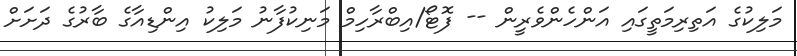
މަލިކުގެ އަތިރިމަތީގައި އަންހެންވެރިީން -- ފޮޓޯ/އިބްރާހިމް މަނިކުފާނު މަލިކު އިންޑިއާގެ ބާރުގެ ދަށަށް